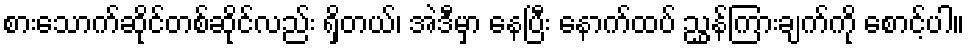
စားသောက်ဆိုင်တစ်ဆိုင်လည်း ရှိတယ်၊ အဲဒီမှာ နေပြီး နောက်ထပ် ညွှန်ကြားချက်ကို စောင့်ပါ။